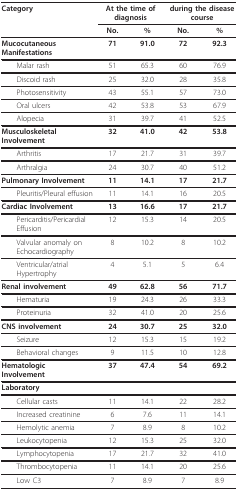
| Category | <COLSPAN=2> At the time of diagnosis | <COLSPAN=2> during the disease course |
 |  | No. | % | No. | % |
 | --- | --- | --- | --- | --- |
 | MucocutaneousManifestations | 71 | 91.0 | 72 | 92.3 |
 | Malar rash | 51 | 65.3 | 60 | 76.9 |
 | Discoid rash | 25 | 32.0 | 28 | 35.8 |
 | Photosensitivity | 43 | 55.1 | 57 | 73.0 |
 | Oral ulcers | 42 | 53.8 | 53 | 67.9 |
 | Alopecia | 31 | 39.7 | 41 | 52.5 |
 | MusculoskeletalInvolvement | 32 | 41.0 | 42 | 53.8 |
 | Arthritis | 17 | 21.7 | 31 | 39.7 |
 | Arthralgia | 24 | 30.7 | 40 | 51.2 |
 | Pulmonary Involvement | 11 | 14.1 | 17 | 21.7 |
 | Pleuritis/Pleural effusion | 11 | 14.1 | 16 | 20.5 |
 | Cardiac Involvement | 13 | 16.6 | 17 | 21.7 |
 | Pericarditis/PericardialEffusion | 12 | 15.3 | 14 | 20.5 |
 | Valvular anomaly onEchocardiography | 8 | 10.2 | 8 | 10.2 |
 | Ventricular/atrialHypertrophy | 4 | 5.1 | 5 | 6.4 |
 | Renal involvement | 49 | 62.8 | 56 | 71.7 |
 | Hematuria | 19 | 24.3 | 26 | 33.3 |
 | Proteinuria | 32 | 41.0 | 20 | 25.6 |
 | CNS involvement | 24 | 30.7 | 25 | 32.0 |
 | Seizure | 12 | 15.3 | 15 | 19.2 |
 | Behavioral changes | 9 | 11.5 | 10 | 12.8 |
 | HematologicInvolvement | 37 | 47.4 | 54 | 69.2 |
 | Laboratory |  |  |  |  |
 | Cellular casts | 11 | 14.1 | 22 | 28.2 |
 | Increased creatinine | 6 | 7.6 | 11 | 14.1 |
 | Hemolytic anemia | 7 | 8.9 | 8 | 10.2 |
 | Leukocytopenia | 12 | 15.3 | 25 | 32.0 |
 | Lymphocytopenia | 17 | 21.7 | 32 | 41.0 |
 | Thrombocytopenia | 11 | 14.1 | 20 | 25.6 |
 | Low C3 | 7 | 8.9 | 7 | 8.9 |